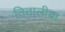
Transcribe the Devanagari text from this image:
तितालीया